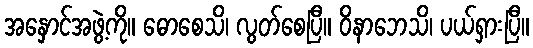
အနှောင်အဖွဲ့ကို။ ဓောစေသိ၊ လွတ်စေပြီ။ ဝိနာဘေသိ၊ ပယ်ရှားပြီ။